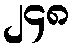
၂၄၈